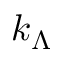
k _ { \Lambda }